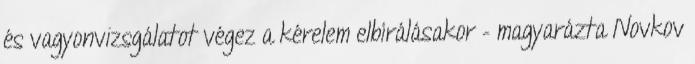
és vagyonvizsgálatot végez a kérelem elbírálásakor – magyarázta Novkov